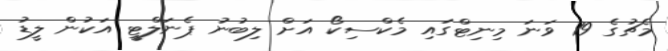
މެޗުގެ 19 ވަނަ މިނިޓްގައި މެކްސިކޯ އަށް ލިބުނު ޕެނަލްޓީ އަކުން ލީޑު